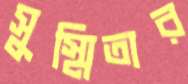
সুস্মিতার